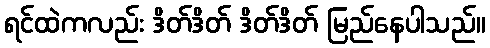
ရင်ထဲကလည်း ဒိတ်ဒိတ် ဒိတ်ဒိတ် မြည်နေပါသည်။